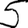
Digit: 5